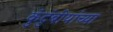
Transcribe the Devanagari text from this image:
कुंटुंबीयांच्या